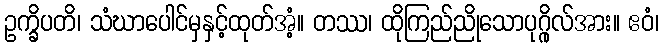
ဥက္ခိပတိ၊ သံဃာပေါင်မှနှင့်ထုတ်အံ့။ တဿ၊ ထိုကြည်ညိုသောပုဂ္ဂိုလ်အား။ ဧဝံ၊